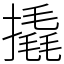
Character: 撬